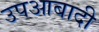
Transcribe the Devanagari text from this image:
उपआबादी